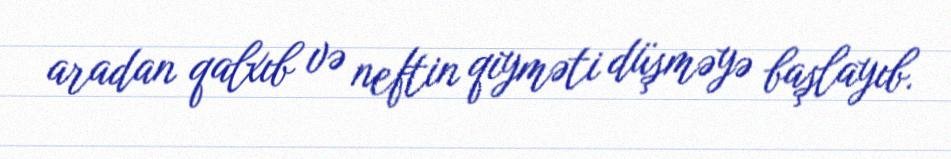
aradan qalxıb və neftin qiyməti düşməyə başlayıb.